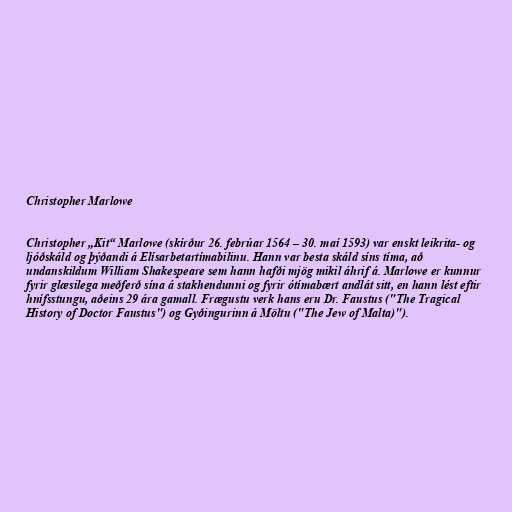
Christopher Marlowe

Christopher „Kit“ Marlowe (skírður 26. febrúar 1564 – 30. maí 1593) var enskt leikrita- og
ljóðskáld og þýðandi á Elísarbetartímabilinu. Hann var besta skáld síns tíma, að
undanskildum William Shakespeare sem hann hafði mjög mikil áhrif á. Marlowe er kunnur
fyrir glæsilega meðferð sína á stakhendunni og fyrir ótímabært andlát sitt, en hann lést eftir
hnífsstungu, aðeins 29 ára gamall. Frægustu verk hans eru Dr. Faustus ("The Tragical
History of Doctor Faustus") og Gyðingurinn á Möltu ("The Jew of Malta)").